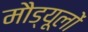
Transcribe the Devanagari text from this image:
मौड्यूलों